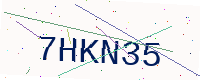
Text: 7HKN35